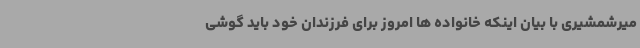
میرشمشیری با بیان اینکه خانواده ها امروز برای فرزندان خود باید گوشی